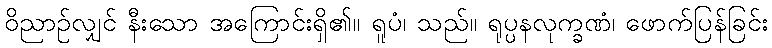
ဝိညာဉ်လျှင် နီးသော အကြောင်းရှိ၏။ ရူပံ၊ သည်။ ရုပ္ပနလုက္ခဏံ၊ ဖောက်ပြန်ခြင်း